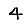
Digit: 4